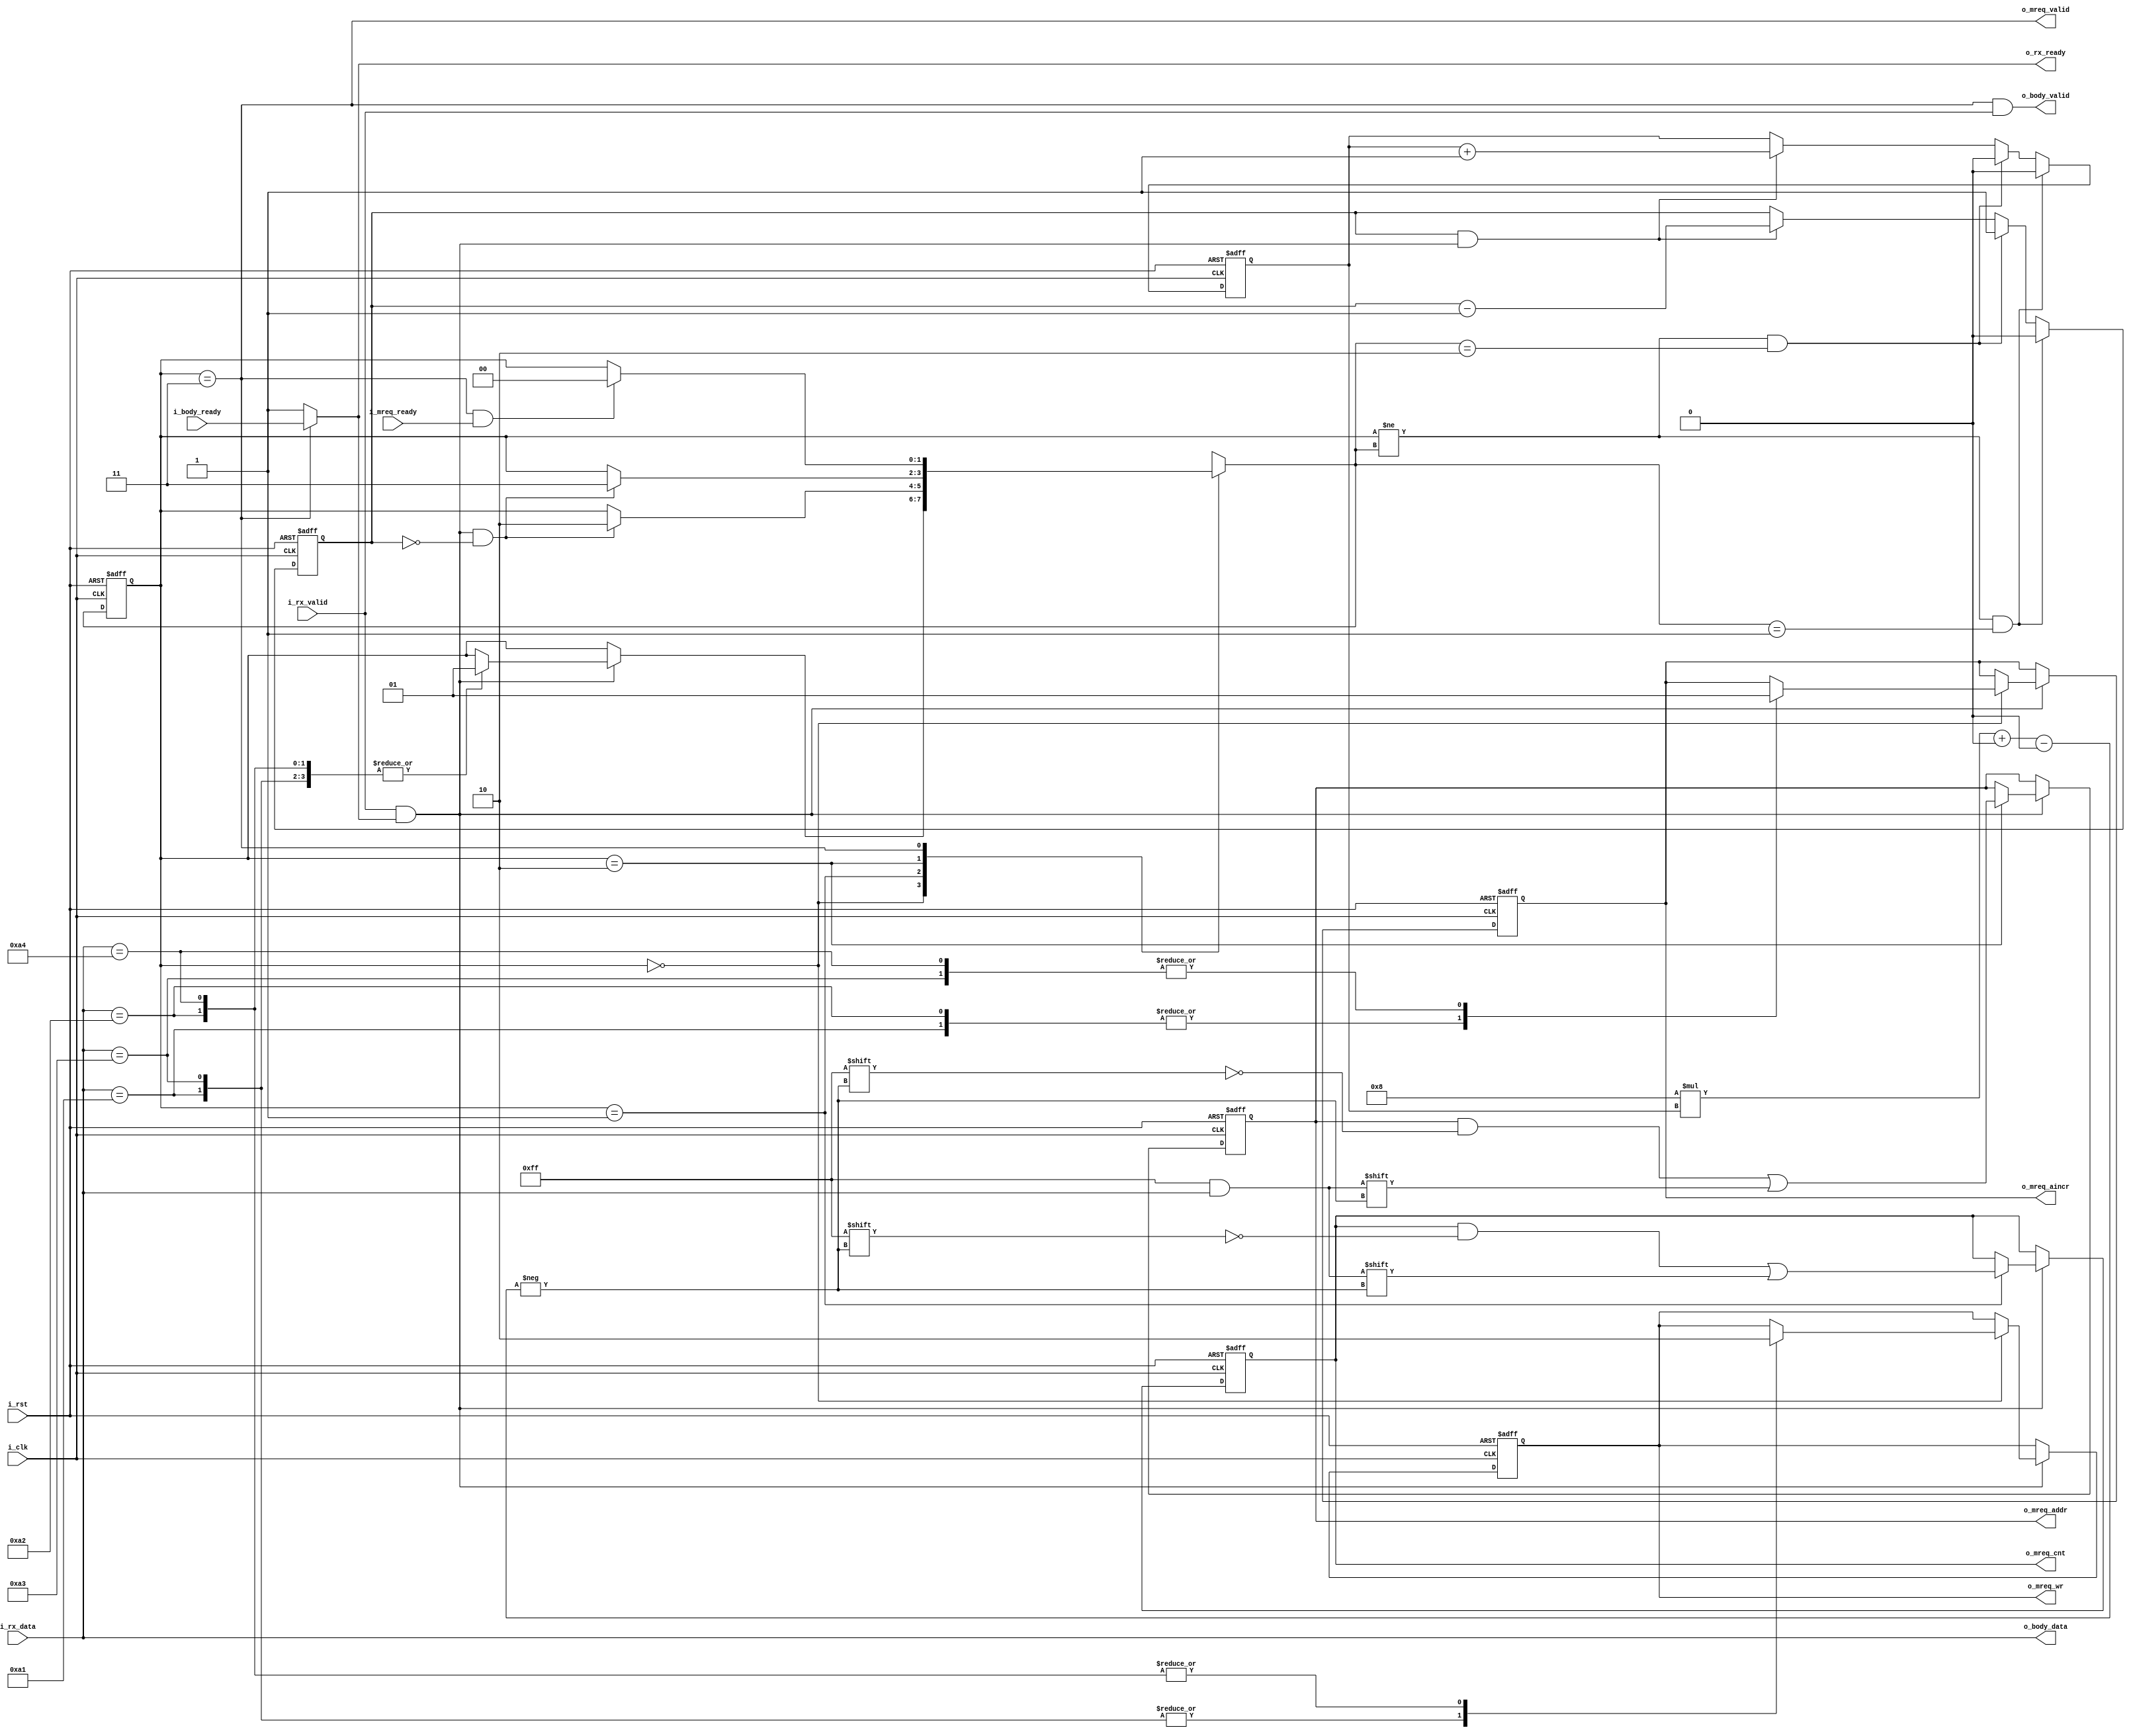
module wbcon_rx #(
    parameter ADDR_WIDTH = 10, // address field width
    parameter COUNT_WIDTH = 8  // count field width
) (
    // Clock (posedge) and sync reset
    input i_clk,
    input i_rst,
    // Rx command byte stream
    input [7:0] i_rx_data,
    input i_rx_valid,
    output o_rx_ready,
    // Packet body stream
    output [7:0] o_body_data,
    output o_body_valid,
    input i_body_ready,
    // Memory request output
    output o_mreq_valid,
    input i_mreq_ready,
    output [ADDR_WIDTH-1:0] o_mreq_addr,
    output [COUNT_WIDTH-1:0] o_mreq_cnt,
    output o_mreq_wr,
    output o_mreq_aincr
);

    // Numbers of bytes in the header (count & addr fields)
    localparam NBYTES_CNT = (COUNT_WIDTH + 7) / 8;
    localparam NBYTES_ADDR = (ADDR_WIDTH + 7) / 8;
    localparam BCNT_WIDTH = $clog2(NBYTES_CNT > NBYTES_ADDR ? NBYTES_CNT :
                                                              NBYTES_ADDR);

    // Start bytes (commands) that generate MREQ
    localparam CMD_WR_FIXED = 8'hA1;    // write with fixed address
    localparam CMD_RD_FIXED = 8'hA2;    // read with fixed address
    localparam CMD_WR_AINCR = 8'hA3;    // write with address auto-increment
    localparam CMD_RD_AINCR = 8'hA4;    // read with address auto-increment

    // SysCon
    wire clk;
    wire rst;
    assign clk = i_clk;
    assign rst = i_rst;

    // Stream completion flags
    wire rx_ack, mreq_ack;
    assign rx_ack = i_rx_valid && o_rx_ready;
    assign mreq_ack = o_mreq_valid && i_mreq_ready;

    // State machine
    reg [1:0] state;
    reg [1:0] state_next;
    wire state_change;
    assign state_change = (state != state_next);

    localparam ST_RECV_CMD = 2'd0;
    localparam ST_RECV_CNT = 2'd1;
    localparam ST_RECV_ADDR = 2'd2;
    localparam ST_ISSUE_MREQ = 2'd3;

    always @(posedge clk or posedge rst) begin
        if (rst)
            state <= ST_RECV_CMD;
        else
            state <= state_next;
    end

    always @(*) begin
        state_next = state;

        case (state)
        ST_RECV_CMD:
            if (rx_ack) case (i_rx_data)
            CMD_WR_FIXED, CMD_WR_AINCR, CMD_RD_FIXED, CMD_RD_AINCR:
                state_next = ST_RECV_CNT;
            endcase
        ST_RECV_CNT:
            if (rx_ack && !bcnt) state_next = ST_RECV_ADDR;
        ST_RECV_ADDR:
            if (rx_ack && !bcnt) state_next = ST_ISSUE_MREQ;
        ST_ISSUE_MREQ:
            if (mreq_ack) state_next = ST_RECV_CMD;
        endcase
    end

    // Byte counter & byte index (for cnt & addr command fields)
    reg [BCNT_WIDTH-1:0] bcnt;
    reg [BCNT_WIDTH-1:0] bidx;
    always @(posedge clk or posedge rst) begin
        if (rst) begin
            bcnt <= 0;
            bidx <= 0;
        end else begin
            if (state_change && state_next == ST_RECV_CNT) begin
                bcnt <= NBYTES_CNT - 1;
                bidx <= 0;
            end else if (state_change && state_next == ST_RECV_ADDR) begin
                bcnt <= NBYTES_ADDR - 1;
                bidx <= 0;
            end else if (bcnt && rx_ack) begin
                bcnt <= bcnt - 1'b1;
                bidx <= bidx + 1'b1;
            end
        end
    end

    // Store MREQ parameters
    reg [ADDR_WIDTH-1:0] mreq_addr;
    reg [COUNT_WIDTH-1:0] mreq_cnt;
    reg mreq_wr;
    reg mreq_aincr;

    always @(posedge clk or posedge rst) begin
        if (rst) begin
            mreq_addr <= 0;
            mreq_cnt <= 0;
            mreq_wr <= 0;
            mreq_aincr <= 0;
        end else if (rx_ack) case (state)
        ST_RECV_CMD:
            case (i_rx_data)
            CMD_WR_FIXED: begin
                mreq_wr <= 1'b1;
                mreq_aincr <= 1'b0;
            end
            CMD_WR_AINCR: begin
                mreq_wr <= 1'b1;
                mreq_aincr <= 1'b1;
            end
            CMD_RD_FIXED: begin
                mreq_wr <= 1'b0;
                mreq_aincr <= 1'b0;
            end
            CMD_RD_AINCR: begin
                mreq_wr <= 1'b0;
                mreq_aincr <= 1'b1;
            end
            endcase
        ST_RECV_CNT:
            mreq_cnt[8*bidx +: 8] <= i_rx_data;
        ST_RECV_ADDR:
            mreq_addr[8*bidx +: 8] <= i_rx_data;
        endcase
    end

    // MREQ output
    assign o_mreq_valid = (state == ST_ISSUE_MREQ);
    assign o_mreq_addr = mreq_addr;
    assign o_mreq_cnt = mreq_cnt;
    assign o_mreq_aincr = mreq_aincr;
    assign o_mreq_wr = mreq_wr;

    // Packet body stream output
    assign o_body_data = i_rx_data;
    assign o_body_valid = (state == ST_ISSUE_MREQ) && i_rx_valid;

    // Rx stream
    assign o_rx_ready = (state == ST_ISSUE_MREQ) ? i_body_ready : 1'b1;

endmodule